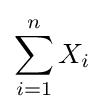
\sum _{i=1}^{n}X_{i}